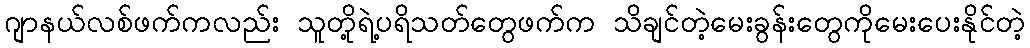
ဂျာနယ်လစ်ဖက်ကလည်း သူတို့ရဲ့ပရိသတ်တွေဖက်က သိချင်တဲ့မေးခွန်းတွေကိုမေးပေးနိုင်တဲ့